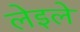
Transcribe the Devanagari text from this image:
लेइले